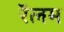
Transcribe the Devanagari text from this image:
रॅलम